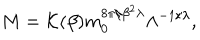
M = { \cal K } ( \beta ) m _ { 0 } ^ { { 8 \pi } / { \beta ^ { 2 } \lambda } } \Lambda ^ { - { 1 } / { \lambda } } ,